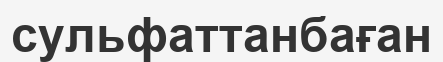
сульфаттанбаған